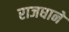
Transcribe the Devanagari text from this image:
राजधाने